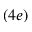
( 4 e )